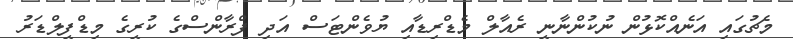
މެޗުގައި އަނެއްކޮޅުން ނުކުންނާނީ ރެއާލް މެޑްރިޑާއި ޔުވެންޓަސް އަދި ފްރާންސްގެ ކުރީގެ މިޑްފީލްޑަރު